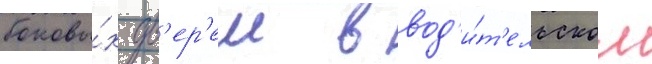
боковы́х дв'ер'еи в вод'и́т'ельском